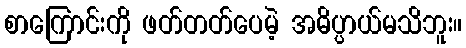
စာကြောင်းကို ဖတ်တတ်ပေမဲ့ အဓိပ္ပာယ်မသိဘူး။